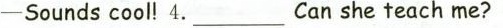
—Sounds cool! 4.___Can she teach me?